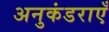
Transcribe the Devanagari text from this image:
अनुकंडराएँ